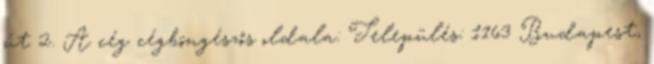
út 2. A cég cégböngészős oldala: Település: 1163 Budapest,